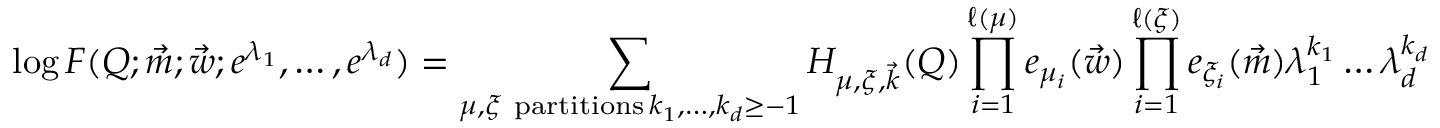
\log F ( Q ; \vec { m } ; \vec { w } ; e ^ { \lambda _ { 1 } } , \dots , e ^ { \lambda _ { d } } ) = \sum _ { \substack { \mu , \xi \mathrm { ~ p a r t i t i o n s } \, k _ { 1 } , \dots , k _ { d } \geq - 1 } } H _ { \mu , \xi , \vec { k } } ( Q ) \prod _ { i = 1 } ^ { \ell ( \mu ) } e _ { \mu _ { i } } ( \vec { w } ) \prod _ { i = 1 } ^ { \ell ( \xi ) } e _ { \xi _ { i } } ( \vec { m } ) \lambda _ { 1 } ^ { k _ { 1 } } \dots \lambda _ { d } ^ { k _ { d } }